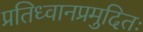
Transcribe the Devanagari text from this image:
प्रतिध्वानप्रमुदितः